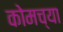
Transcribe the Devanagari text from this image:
कोमच्या